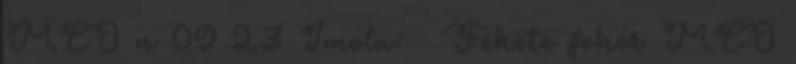
MCO n 09 23 Imola: ♀ Fekete fehér MCO